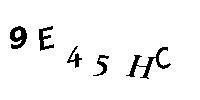
9E45HC